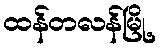
ထန်တလန်မြို့